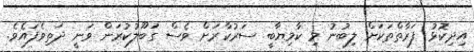
އިދިކޮޅު ފަރާތްތަކަށް ލިބުނު މި ކާމިޔާބީ ސަރުކާރަށް ވެސް ގަބޫލުކުރަން ވަނީ ދަތިވެފައެވެ.